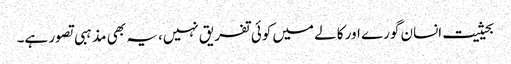
بحیثیت انسان گورے اور کالے میں کوئی تفریق نہیں، یہ بھی مذہبی تصور ہے۔